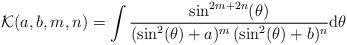
LaTeX: \begin{align*}\mathcal{K}(a, b, m, n) = \int \frac{\sin^{2m + 2n}(\theta)}{(\sin^{2}(\theta) + a)^{m} \, (\sin^{2}(\theta) + b)^{n}} {\rm d}\theta\end{align*}